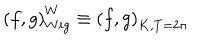
LaTeX: \left( f , g \right) _ { W i g } ^ { W } \equiv \left( f , g \right) _ { K , T = 2 \pi }